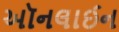
અૉનલાઈન